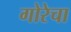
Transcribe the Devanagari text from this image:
गोरेचा